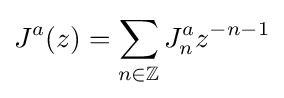
J^{a}(z)=\sum _{n\in \mathbb {Z} }J_{n}^{a}z^{-n-1}